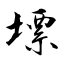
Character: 墂